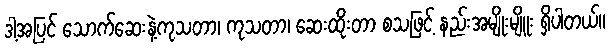
ဒါ့အပြင် သောက်ဆေးနဲ့ကုသတာ၊ ကုသတာ၊ ဆေးထိုးတာ စသဖြင့် နည်းအမျိုးမျိူး ရှိပါတယ်။